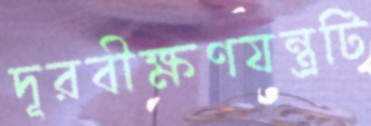
দূরবীক্ষণযন্ত্রটি